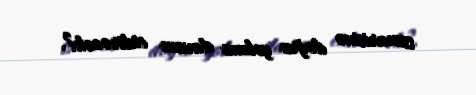
ssenarisinə doğru yolunu davam etdirəcək?.